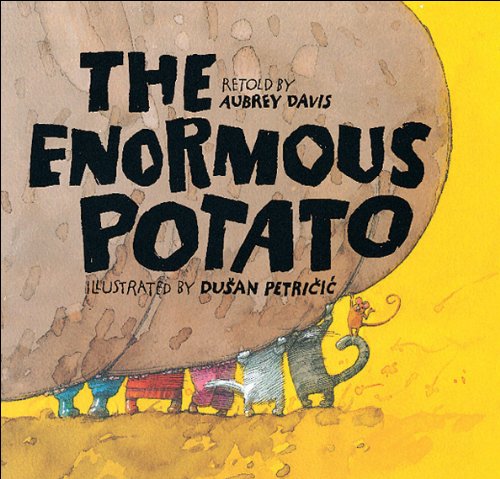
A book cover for The Enormous Potato; Aubrey Davis; Children's Books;